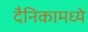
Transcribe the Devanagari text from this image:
दैनिकामध्ये